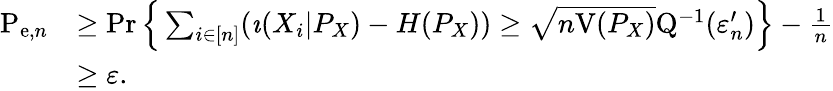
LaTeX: \begin{array}{rl}{\mathrm{P}_{\mathrm{e},n}}&{\geq\operatorname*{Pr}\Big\{ \sum_{i\in[n]}(\imath(X_{i}|P_{X})-H(P_{X}))\geq\sqrt{n\mathrm{V}(P_{X})}\mathrm{Q}^{-1}(\varepsilon_{n}^{\prime})\Big\} -\frac{1}{n}}\\ &{\geq\varepsilon.}\end{array}